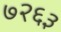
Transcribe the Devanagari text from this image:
७२६३